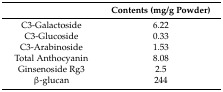
<table><thead><tr><td></td><td><b>Contents (mg/g Powder)</b></td></tr></thead><tbody><tr><td>C3-Galactoside</td><td>6.22</td></tr><tr><td>C3-Glucoside</td><td>0.33</td></tr><tr><td>C3-Arabinoside</td><td>1.53</td></tr><tr><td>Total Anthocyanin</td><td>8.08</td></tr><tr><td>Ginsenoside Rg3</td><td>2.5</td></tr><tr><td>β-glucan</td><td>244</td></tr></tbody></table>